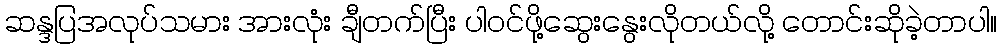
ဆန္ဒပြအလုပ်သမား အားလုံး ချီတက်ပြီး ပါဝင်ဖို့ဆွေးနွေးလိုတယ်လို့ တောင်းဆိုခဲ့တာပါ။